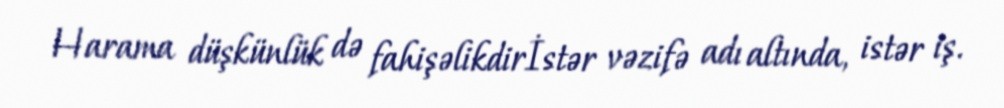
Harama düşkünlük də fahişəlikdirİstər vəzifə adı altında, istər iş.